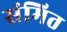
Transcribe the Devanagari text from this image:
संमित